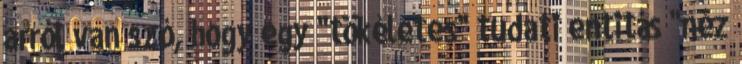
arról van szó, hogy egy "tökéletes" tudati entitás "néz